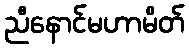
ညီနောင်မဟာမိတ်